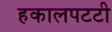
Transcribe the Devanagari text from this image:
हकालपटटी